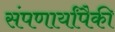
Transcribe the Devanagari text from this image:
संपणार्यांपैकी